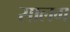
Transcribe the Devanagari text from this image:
सालग